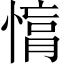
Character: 𢟚